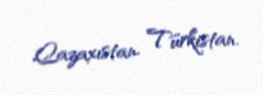
Qazaxıstan, Türkistan.